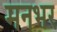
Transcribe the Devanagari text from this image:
मनभर